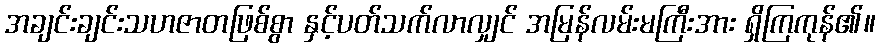
အချင်းချင်းသဟဇာတဖြစ်စွာ နှင့်ပတ်သက်လာလျှင် အမြန်လမ်းမကြီးအား ရှိကြကုန်၏။